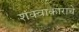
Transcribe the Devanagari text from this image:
शंक्वाकाराचे